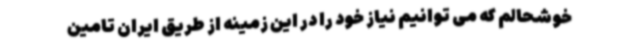
خوشحالم که می توانیم نیاز خود را در این زمینه از طریق ایران تامین